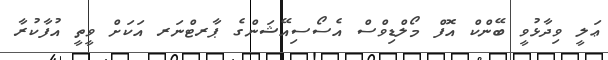
ޢަލީ ވިދާޅުވީ ބޭންކް އޮފް މޯލްޑިވްސް އެސޯސިއޭޝަންގެ ޕާރޓްނަރ އަކަށް ވީތީ އުފާކުރާ